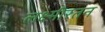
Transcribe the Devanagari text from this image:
लक्ष्मीरतन